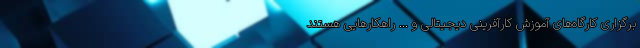
برگزاری کارگاه‌های آموزش کارآفرینی دیجیتالی و ... راهکار‌هایی هستند